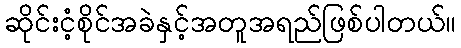
ဆိုင်းငံ့စိုင်အခဲနှင့်အတူအရည်ဖြစ်ပါတယ်။